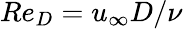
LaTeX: Re_{D}=u_{\infty}D/\nu